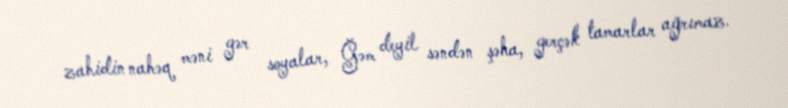
zahidin nahəq məni gər soyalar, Ğəm deyil səndən şəha, gerçək tamarlar ağrımaz.